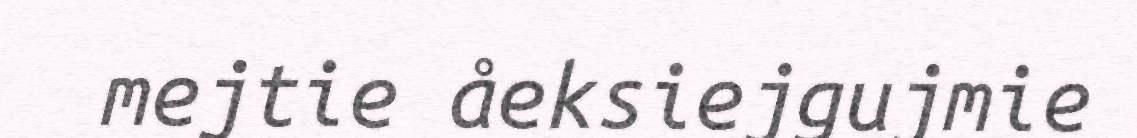
mejtie åeksiejgujmie